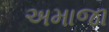
અમાજા